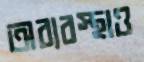
অব্যবস্থাও